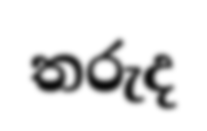
තරුද